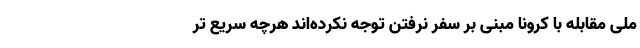
ملی مقابله با کرونا مبنی بر سفر نرفتن توجه نکرده‌اند هرچه سریع تر